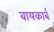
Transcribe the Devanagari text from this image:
बायकार्ब